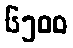
၆၅၀၀